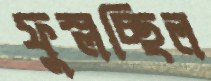
ফুস্‌লচ্ছিল